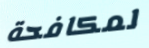
لمكافحة